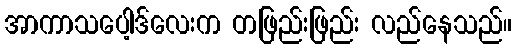
အာကာသပေါ့ဒ်လေးက တဖြည်းဖြည်း လည်နေသည်။